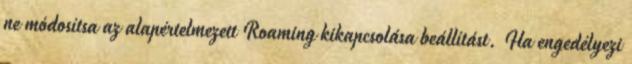
ne módosítsa az alapértelmezett Roaming kikapcsolása beállítást. Ha engedélyezi